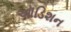
ઑડિશન